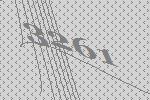
3261